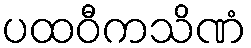
ပထဝီကသိဏံ